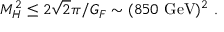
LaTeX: M _ { H } ^ { 2 } \leq 2 \sqrt { 2 } \pi / G _ { F } \sim ( 8 5 0 ~ \mathrm { G e V } ) ^ { 2 } ~ .